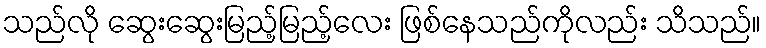
သည်လို ဆွေးဆွေးမြည့်မြည့်လေး ဖြစ်နေသည်ကိုလည်း သိသည်။